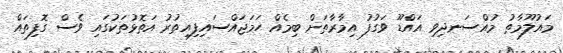
މައުލޫމާތު މުއްސަނދިވި އައްޑޫ ވަގުފު އިމާރާތަށް ބިމެއް ހަމަޖައްސައިފިއިތުރު އަތޮޅުތަކުގައި ވެސް ގޮފިތައް